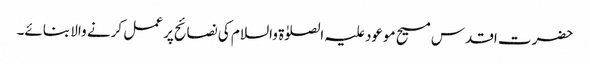
حضرت اقدس مسیح موعود علیہ الصلوٰۃ والسلام کی نصائح پر عمل کرنے والا بنائے۔